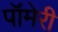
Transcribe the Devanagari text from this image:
पॉमेरी